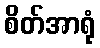
စိတ်အာရုံ